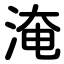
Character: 淹